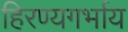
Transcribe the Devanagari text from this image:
हिरण्यगर्भाय